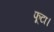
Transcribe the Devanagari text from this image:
फूटा।